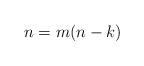
LaTeX: \begin{align*} n=m(n-k)\end{align*}